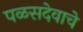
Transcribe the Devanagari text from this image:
पळसदेवाचे